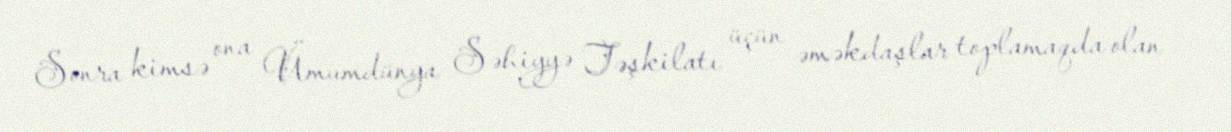
Sonra kimsə ona Ümumdünya Səhiyyə Təşkilatı üçün əməkdaşlar toplamaqda olan